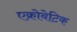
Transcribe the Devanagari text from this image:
एक्रोबेटिक